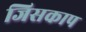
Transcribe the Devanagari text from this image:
जिसकाप